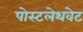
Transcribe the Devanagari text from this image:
पोस्टलेथवेट